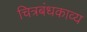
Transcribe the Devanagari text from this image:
चित्रबंधकाव्य